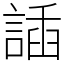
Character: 䛽